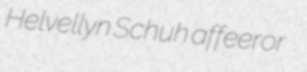
Helvellyn Schuh affeeror